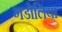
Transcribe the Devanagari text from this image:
गडोलिया